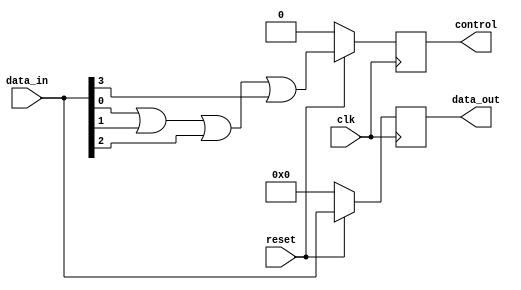
module box_word(
        input reset,
        input clk,
        input [WORD_SIZE-1:0]data_in,
        output reg [WORD_SIZE-1:0]data_out, 
        output reg control 
    );
    parameter BUS_SIZE=16;
    parameter WORD_SIZE=4;
    integer i = 0;

    always @(posedge clk)begin
        if (!reset) begin
            data_out <= 0;
            control  <= 0;
        end 
        else begin
            data_out <= data_in;
            control  <= 0;
            for (i = 0; i < WORD_SIZE; i = i + 1) begin
                control <= control | data_in [i];
            end
            control <= data_in[0] | data_in [1] | data_in [2] | data_in [WORD_SIZE-1];
        end
    end
endmodule